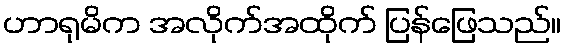
ဟာရုမိက အလိုက်အထိုက် ပြန်ဖြေသည်။